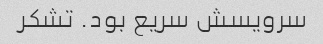
سرویسش سریع بود. تشکر